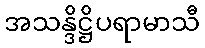
အသန္ဒိဋ္ဌိပရာမာသီ